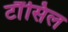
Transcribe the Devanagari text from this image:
टौंसिल